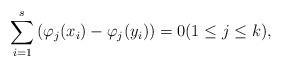
LaTeX: \begin{align*}\sum_{i=1}^s\left( \varphi_j(x_i)-\varphi_j(y_i)\right)=0(1\le j\le k),\end{align*}